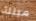
مبتلة